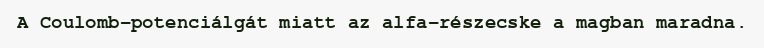
A Coulomb-potenciálgát miatt az alfa-részecske a magban maradna.